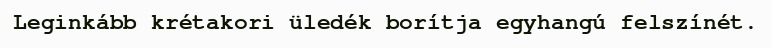
Leginkább krétakori üledék borítja egyhangú felszínét.